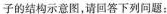
子的结构示意图，请回答下列问题：